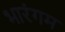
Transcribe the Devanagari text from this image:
भारंगम